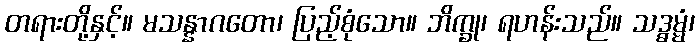
တရားတို့နှင့်။ မသန္နာဂတော၊ ပြည့်စုံသော။ ဘိက္ခု၊ ရဟန်းသည်။ သဒ္ဓမ္မံ၊